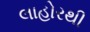
લાહોરથી